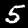
Digit: 5